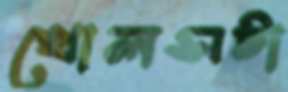
খোলসটা